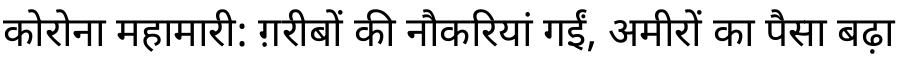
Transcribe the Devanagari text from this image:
कोरोना महामारी: ग़रीबों की नौकरियां गईं, अमीरों का पैसा बढ़ा